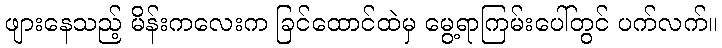
ဖျားနေသည့် မိန်းကလေးက ခြင်ထောင်ထဲမှ မွေ့ရာကြမ်းပေါ်တွင် ပက်လက်။